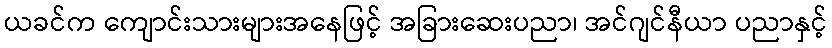
ယခင်က ကျောင်းသားများအနေဖြင့် အခြားဆေးပညာ၊ အင်ဂျင်နီယာ ပညာနှင့်